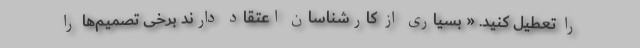
را تعطیل کنید. « بسیاری از کارشناسان اعتقاد دارند برخی تصمیم‌ها را